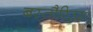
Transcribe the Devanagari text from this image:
बस्तौरिउस